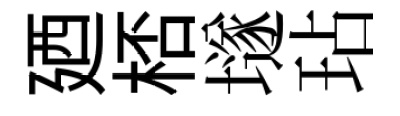
廼桮𡑞玷